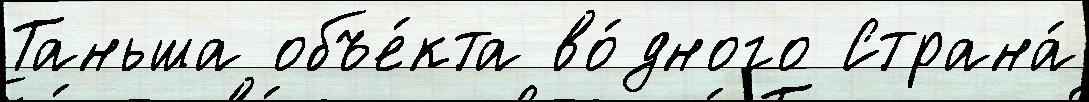
Таньша объе́кта во́дного Страна́